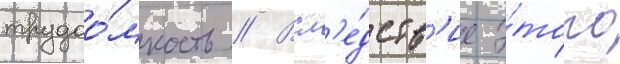
трудоо́мкость // Всл'е́дств'ие э́того